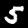
Digit: 5